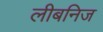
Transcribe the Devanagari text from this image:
लीबनिज